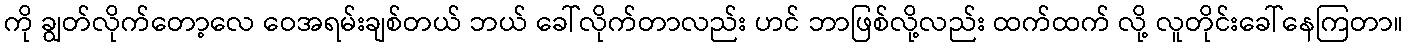
ကို ချွတ်လိုက်တော့လေ ဝေအရမ်းချစ်တယ် ဘယ် ခေါ်လိုက်တာလည်း ဟင် ဘာဖြစ်လို့လည်း ထက်ထက် လို့ လူတိုင်းခေါ်နေကြတာ။